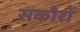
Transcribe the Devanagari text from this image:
सकोरों